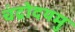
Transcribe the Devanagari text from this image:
चंद्रोदयमु